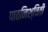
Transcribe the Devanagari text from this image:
पाठनिश्चिती